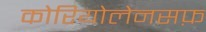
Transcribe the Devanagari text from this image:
कोरियोलेनसफ़